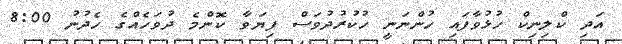
އަދި ކްލިނިކް ހުޅުވާފައި ހުންނަނީ ހުކުރުދުވަސް ފިޔަވާ ކޮންމެ ދުވަހެއްގެ ހެދުނު 8:00